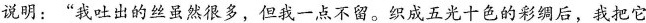
说明：”我吐出的丝虽然很多，但我一点不留。织成五光十色的彩绸后，我把它